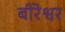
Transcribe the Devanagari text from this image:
बीरेश्वर